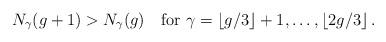
LaTeX: \begin{align*} N_\gamma(g+1)>N_\gamma(g)\quad\text{for $\gamma=\lfloor g/3\rfloor+1, \ldots, \lfloor 2g/3\rfloor $}\, . \end{align*}